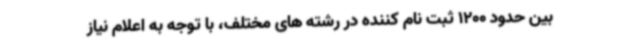
بین حدود 1200 ثبت نام کننده در رشته های مختلف، با توجه به اعلام نیاز